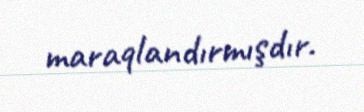
maraqlandırmışdır.